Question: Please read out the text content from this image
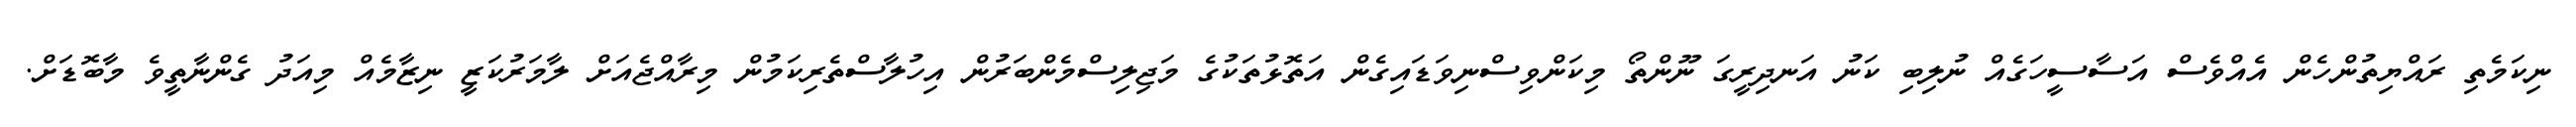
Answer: ނިކަމެތި ރައްޔިތުންހެން އެއްވެސް އަސާސީހަގެއް ނުލިބި ކަނު އަނދިރީގަ ނޫންތޯ މިކަންވިސްނިވަޑައިގެން އަތޮޅުތަކުގެ މަޖިލިސްމެންބަރުން އިހުލާސްތެރިކަމުން މިރާއްޖެއަށް ލާމަރުކަޒީ ނިޒާމެއް މިއަދު ގެންނާތީވެ މާބޮޑަށް.